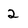
Character: 2